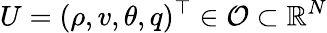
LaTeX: U=(\rho,v,\theta,q)^{\top}\in\mathcal{O}\subset\mathbb{R}^{N}